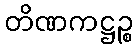
တိဏကဋ္ဌဉ္စ